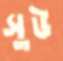
সুউ